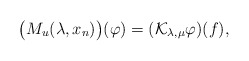
\begin{align*} \big(M_u(\lambda,x_n)\big)(\varphi)=(\mathcal{K}_{\lambda,\mu}\varphi)(f), \end{align*}